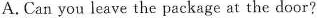
A.Can you leave the package at the door?